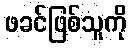
ဖခင်ဖြစ်သူကို